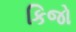
કિજો